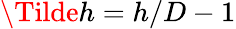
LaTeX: \Tilde{h}=h/D-1